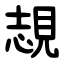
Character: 覟